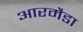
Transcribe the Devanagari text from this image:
आरमैडा